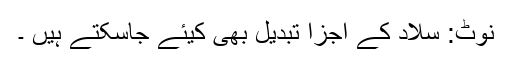
نوٹ: سلاد کے اجزا تبدیل بھی کیئے جاسکتے ہیں ۔